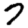
Digit: 7